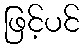
ဖြင့်ပင်